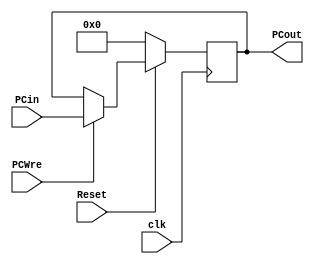
module PC(  
    input clk,  
    input [15:0] PCin,  
    input PCWre,  
    input Reset,  
    output reg [15:0] PCout  
);  
	
    initial begin  
        PCout <= 0; 
    end
      
    always@(posedge clk) begin  
        if(Reset == 0) begin  
            PCout <= 0;  
        end  
        else if(PCWre == 0) begin  
            PCout <= PCout;  
        end  
        else begin  
            PCout <= PCin;  
        end  
    end
      
endmodule